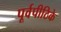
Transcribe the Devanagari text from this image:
पूर्वपीठिके